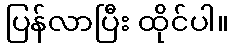
ပြန်လာပြီး ထိုင်ပါ။